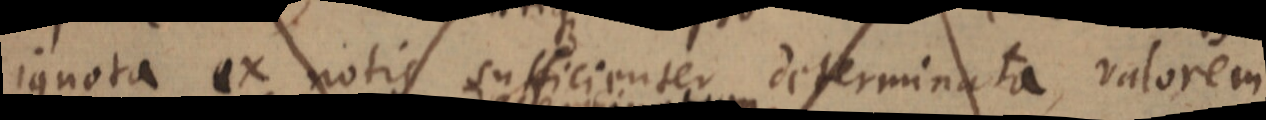
ignota ex notis sufficienter determinata, valorem